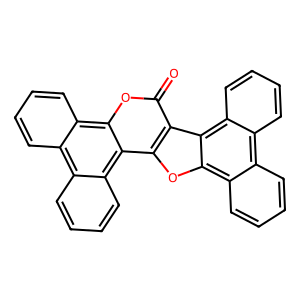
SMILES: O=c1oc2c3ccccc3c3ccccc3c2c2oc3c4ccccc4c4ccccc4c3c12
Inhibits HIV replication: No